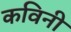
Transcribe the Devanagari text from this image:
कविनी